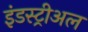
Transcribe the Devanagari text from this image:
इंडस्ट्रीअल